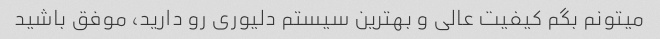
میتونم بگم کیفیت عالی و بهترین سیستم دلیوری رو دارید، موفق باشید